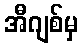
အီဂျစ်မှ